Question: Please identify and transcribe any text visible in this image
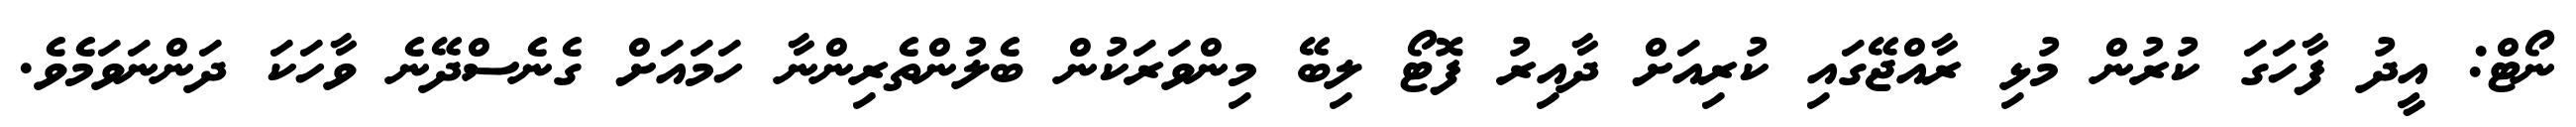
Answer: ނޯޓް: އީދު ފާހަގަ ކުރުން މުޅި ރާއްޖޭގައި ކުރިއަށް ދާއިރު ފޮޓޯ ލިބޭ މިންވަރަކުން ބެލުންތެރިންނާ ހަމައަށް ގެނެސްދޭނެ ވާހަކަ ދަންނަވަމެވެ.